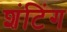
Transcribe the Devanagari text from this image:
शंटिंग